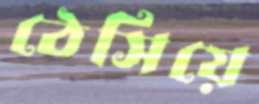
ঠেসিয়ে